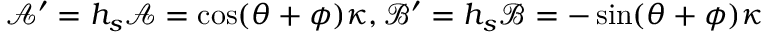
\mathcal { A } ^ { \prime } = h _ { s } \mathcal { A } = \cos ( \theta + \phi ) \kappa , \mathcal { B } ^ { \prime } = h _ { s } \mathcal { B } = - \sin ( \theta + \phi ) \kappa